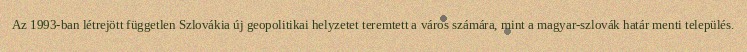
Az 1993-ban létrejött független Szlovákia új geopolitikai helyzetet teremtett a város számára, mint a magyar-szlovák határ menti település.